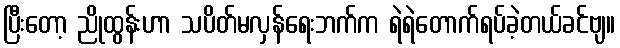
ပြီးတော့ ညိုထွန်းဟာ သပိတ်မလှန်ရေးဘက်က ရဲရဲတောက်ရပ်ခဲ့တယ်ခင်ဗျ။